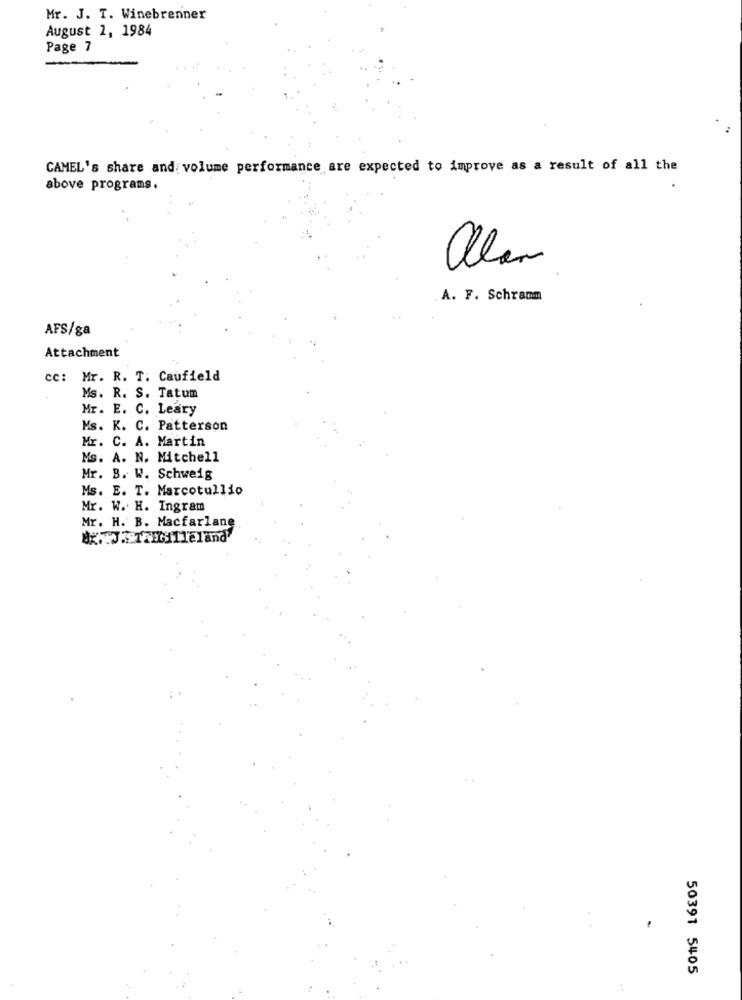
Mr. J. T. Winebrenner
August 1, 1984
Page 7
CAMEL's share and volume performance are expected to improve as a result of all the
above programs.
allen
A. F. Schramm
AFS/ga
Attachment
cc: Mr. R. T. Caufield
Ms. R. S. Tatum
Mr. E. C. Leary
Ms. K. C. Patterson
Mr. C. A. Martin
Ms. A. N. Mitchell
Mr. B. W. Schweig
Ms. E. T. Marcotullio
Mr. W. H. Ingram
Mr. H. B. Macfarlane
50391 5405